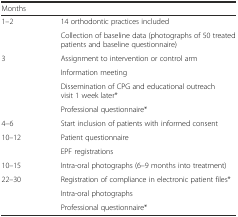
<table><thead><tr><td><b>Months</b></td><td></td></tr></thead><tbody><tr><td rowspan="2">1–2</td><td>14 orthodontic practices included</td></tr><tr><td>Collection of baseline data (photographs of 50 treated patients and baseline questionnaire)</td></tr><tr><td rowspan="4">3</td><td>Assignment to intervention or control arm</td></tr><tr><td>Information meeting</td></tr><tr><td>Dissemination of CPG and educational outreach visit 1 week later*</td></tr><tr><td>Professional questionnaire*</td></tr><tr><td>4–6</td><td>Start inclusion of patients with informed consent</td></tr><tr><td rowspan="2">10–12</td><td>Patient questionnaire</td></tr><tr><td>EPF registrations</td></tr><tr><td>10–15</td><td>Intra-oral photographs (6–9 months into treatment)</td></tr><tr><td rowspan="3">22–30</td><td>Registration of compliance in electronic patient files*</td></tr><tr><td>Intra-oral photographs</td></tr><tr><td>Professional questionnaire*</td></tr></tbody></table>